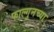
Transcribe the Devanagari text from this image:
फाल्गुनच्या